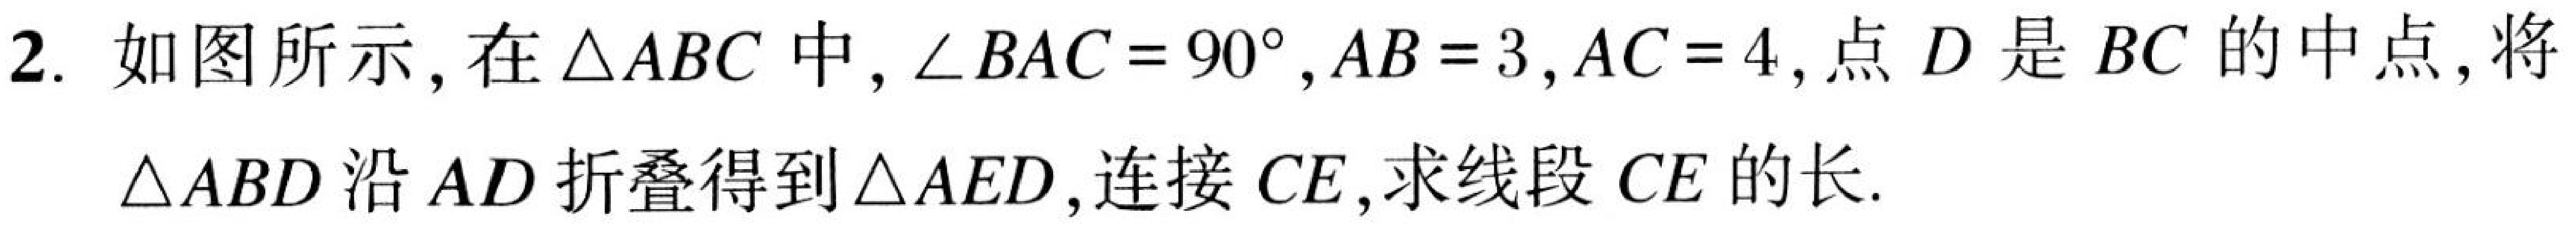
2. 如图所示，在$\triangle ABC$中，$\angle BAC = 90^{\circ}$，$AB = 3$，$AC = 4$，点$D$是$BC$的中点，将
$\triangle ABD$沿$AD$折叠得到$\triangle AED$，连接$CE$，求线段$CE$的长.